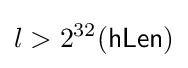
l>2^{32}({\mathsf {hLen}})